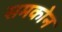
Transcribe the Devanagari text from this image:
समकोन